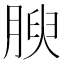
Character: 腴